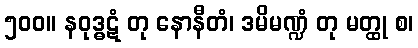
၅၀၀။ နဝုဒ္ဓဋံ တု နောနီတံ၊ ဒမိမဏ္ဍံ တု မတ္ထု စ၊